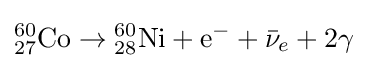
{}_{27}^{60}{\text{Co}}\rightarrow {}_{28}^{60}{\text{Ni}}+{\text{e}}^{-}+{\bar {\nu }}_{e}+2{\gamma }